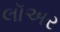
લૉઅર